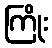
ကြိုး